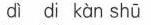
dì di kàn shū